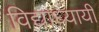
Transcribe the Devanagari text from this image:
विद्याध्यायी